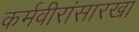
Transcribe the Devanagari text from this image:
कर्मवीरांसारखा